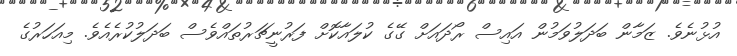
އުޅުނެވެ. ޒަމާން ބަދަލުވަމުން އައިސް ރޯދައަށް ގޭގެ ކުލައާކޮށް ފަރުނީޗަރުތައްވެސް ބަދަލުކުރެއެވެ. މިއަހަރުގެ